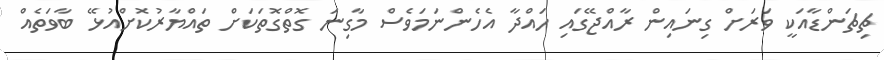
ޗިޗަންޑާއަކީ ވަރަށް ގިނައިން ރާއްޖޭގައި ހައްދާ އެހެންނަމަވެސް މާގިނަ ގޮތްގޮތަކަށް ތައްޔާރުކޮށްއުޅޭ ބާވަތެއް